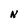
Character: N